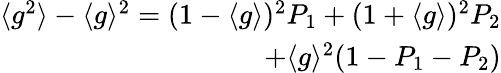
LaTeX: \begin{array}{r}{{\langle g^{2}\rangle-\langle g\rangle^{2}=(1-\langle g\rangle)^{2}P_{1}+(1+\langle g\rangle)^{2}P_{2}}}\\ {{+\langle g\rangle^{2}(1-P_{1}-P_{2})}}\end{array}